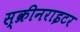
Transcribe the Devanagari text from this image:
स्क्रीनराइटर